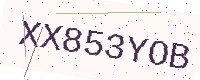
Text: XX853YOB